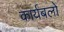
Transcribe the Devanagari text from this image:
कार्यबलों